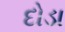
દોડા